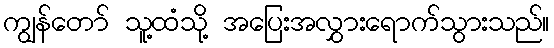
ကျွန်တော် သူ့ထံသို့ အပြေးအလွှားရောက်သွားသည်။